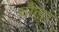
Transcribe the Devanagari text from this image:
चौलर